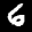
Label: 6